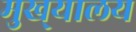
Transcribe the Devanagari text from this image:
मुख्‌यालय